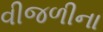
વીજળીના